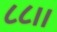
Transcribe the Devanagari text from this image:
८८।।